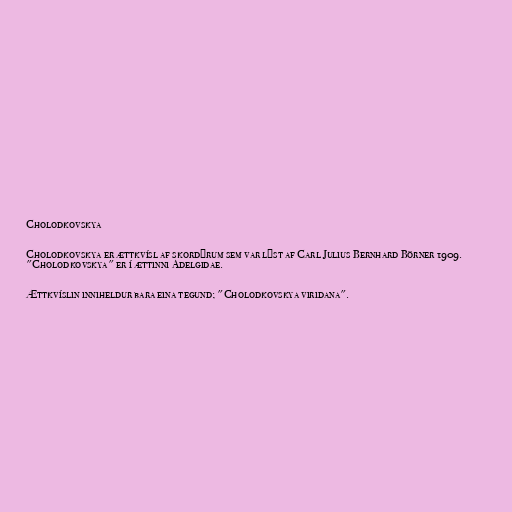
Cholodkovskya

Cholodkovskya er ættkvísl af skordýrum sem var lýst af Carl Julius Bernhard Börner 1909.
"Cholodkovskya" er í ættinni Adelgidae.

Ættkvíslin inniheldur bara eina tegund; "Cholodkovskya viridana".